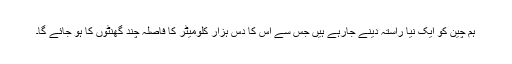
ہم چین کو ایک نیا راستہ دینے جارہے ہیں جس سے اس کا دس ہزار کلومیٹر کا فاصلہ چند گھنٹوں کا ہو جائے گا۔